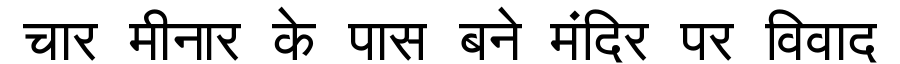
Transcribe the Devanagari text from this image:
चार मीनार के पास बने मंदिर पर विवाद